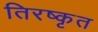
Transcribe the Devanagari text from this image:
तिरष्कृत